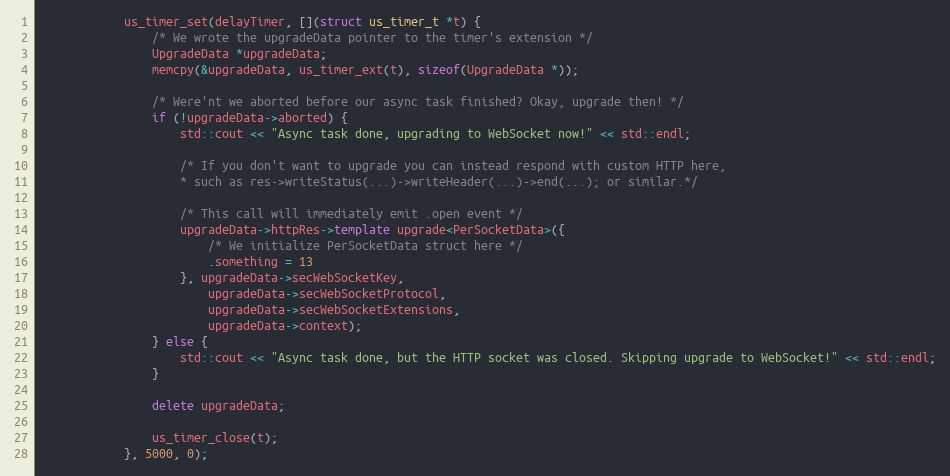
Language: C++
            us_timer_set(delayTimer, [](struct us_timer_t *t) {
                /* We wrote the upgradeData pointer to the timer's extension */
                UpgradeData *upgradeData;
                memcpy(&upgradeData, us_timer_ext(t), sizeof(UpgradeData *));

                /* Were'nt we aborted before our async task finished? Okay, upgrade then! */
                if (!upgradeData->aborted) {
                    std::cout << "Async task done, upgrading to WebSocket now!" << std::endl;

                    /* If you don't want to upgrade you can instead respond with custom HTTP here,
                    * such as res->writeStatus(...)->writeHeader(...)->end(...); or similar.*/

                    /* This call will immediately emit .open event */
                    upgradeData->httpRes->template upgrade<PerSocketData>({
                        /* We initialize PerSocketData struct here */
                        .something = 13
                    }, upgradeData->secWebSocketKey,
                        upgradeData->secWebSocketProtocol,
                        upgradeData->secWebSocketExtensions,
                        upgradeData->context);
                } else {
                    std::cout << "Async task done, but the HTTP socket was closed. Skipping upgrade to WebSocket!" << std::endl;
                }

                delete upgradeData;

                us_timer_close(t);
            }, 5000, 0);